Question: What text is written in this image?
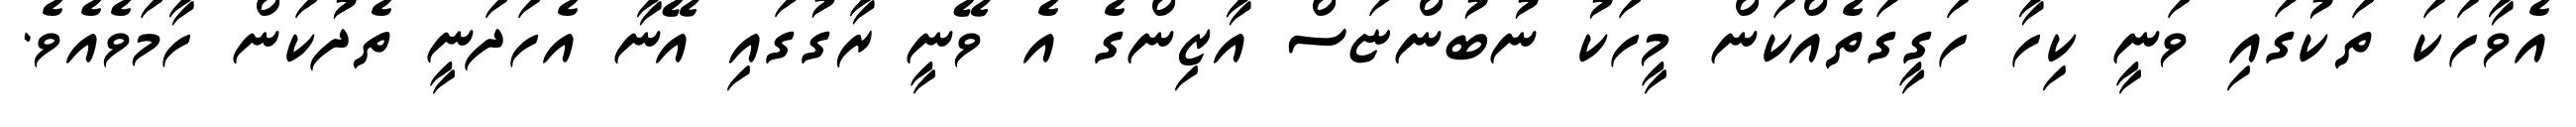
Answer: އެވާހަކަ ތަކުގައި ވަނީ ކިހާ ހަގީގަތެއްކަން މީހަކު ނުބުންޏަސް އާޒިންގެ އެ ވޭނީ ރާގުގައި އޭނާ އެހަދަނީ ތެދުކަން ހާމަވެއެވެ.